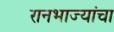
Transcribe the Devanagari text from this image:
रानभाज्यांचा